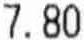
7.80